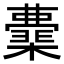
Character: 𭬟